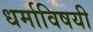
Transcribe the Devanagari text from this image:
धर्माविषयी